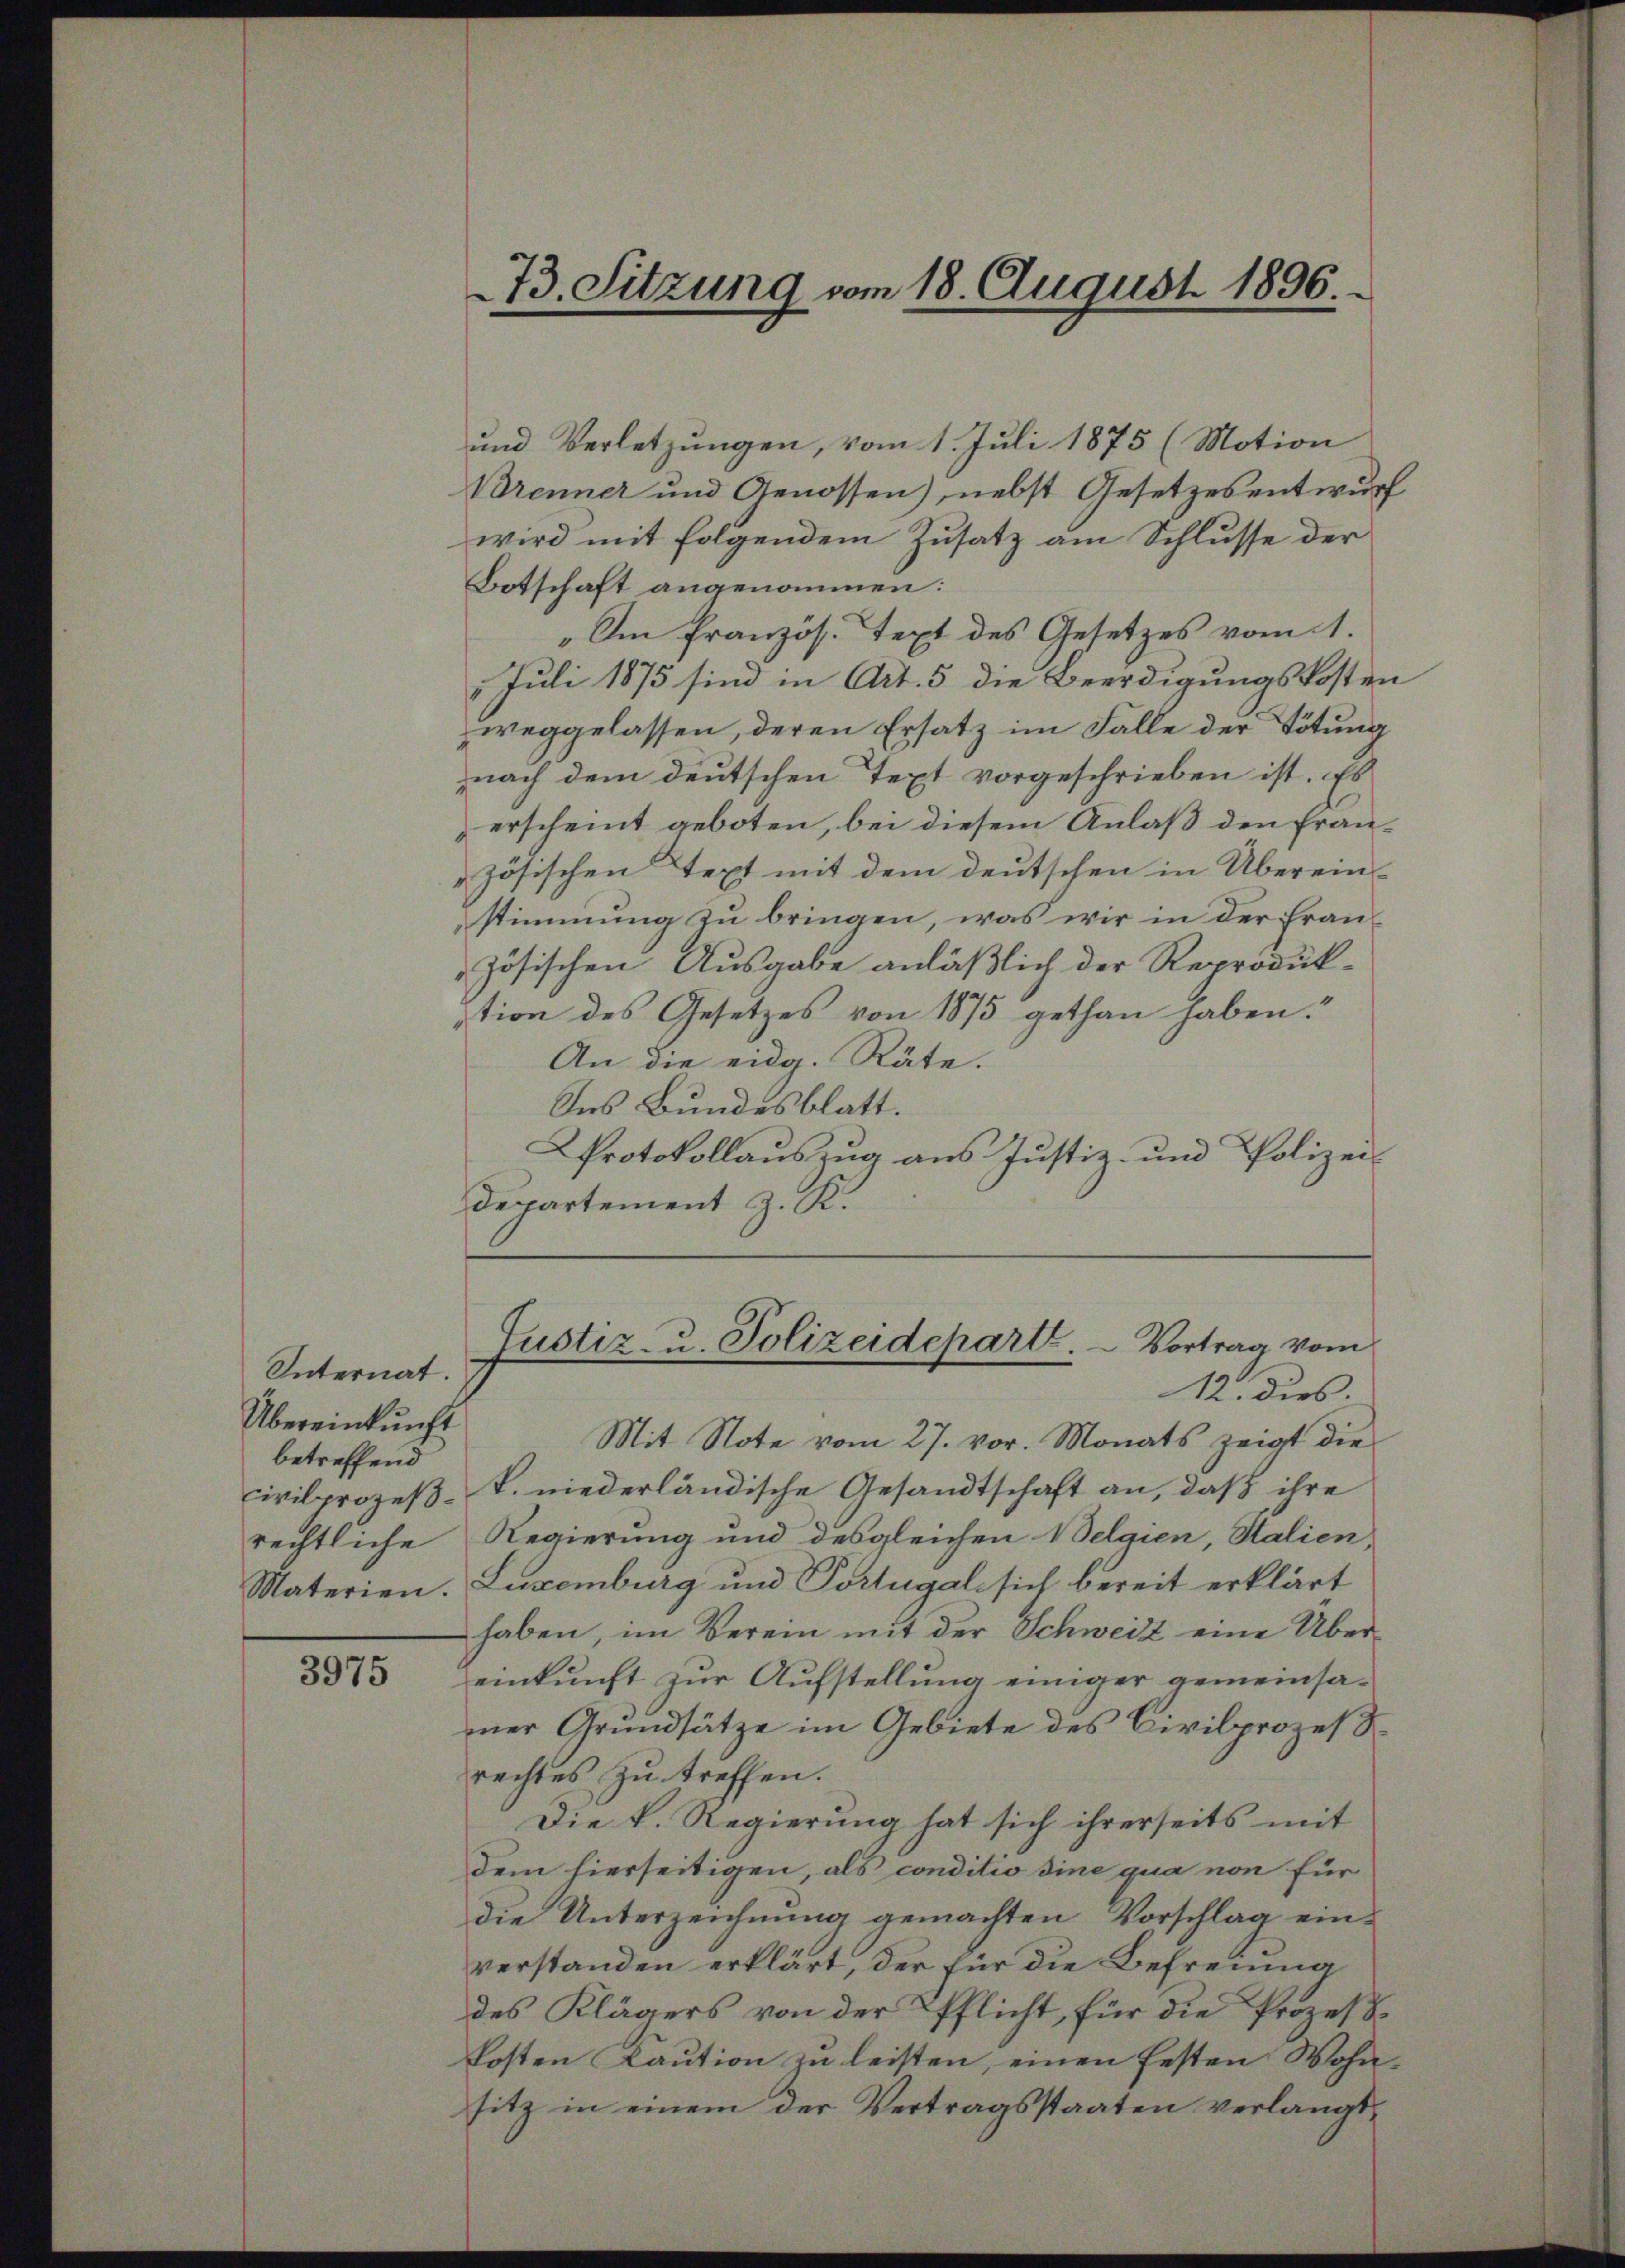
Internat.
Übereinkunft
betreffend

3975

73. Sitzung vom 18. August 1896.

und Verletzungen, vom 1. Juli 1875 (Motion
Brenner und Genossen), nebst Gesetzesentwurf
wird mit folgendem Zusatz am Schlusse der
Botschaft angenommen:
„Im französ. Text des Gesetzes vom 1.
 Juli 1875 sind in Art. 5 die Beerdigungskosten
weggelassen, deren Ersatz im Falle der Tötung
nach dem deutschen Text vorgeschrieben ist. Es
erscheint geboten, bei diesem Anlaß den französischen Text mit dem deutschen in Überein-
stimmung zu bringen, was wir in der Französischen Ausgabe anläßlich der Reproduk-
tion des Gesetzes von 1875 gethan haben.
An die eidg. Räte.
Ins Bundesblatt.
Protokollauszug aus Justiz- und Polizei-
Departement z. K.

Mit Note vom 27. vor. Monats zeigt die
Civilprozeß- u. niederländische Gesandtschaft an, daß ihre
rechtliche Regierung und desgleichen Velgien, Salien
Materien. Luxenburg und Portugal sich bereit erklärt
haben, im Verein mit der Schweiz eine Über-
einkunft zur Aufstellung einiger gemeinsamer Grundsätze im Gebiete des Civilprozes
rechtes zu treffen.
Die k. Regierung hat sich ihrerseits mit
dem hierseitigen, als conditio sine qua non für
die Unterzeichnung gemachten Vorschlag einverstanden erklärt, der für die Befreung
des Klägers von der Pflicht, für die Prozeßkosten Kaution zu leisten, einen festen Wohnsitz in einem der Vertragsstaaten verlangt,

Justiz- u. Polizeideparte. - Vortrag vom
12. dies